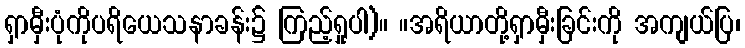
ရှာမှီးပုံကိုပရိယေသနာခန်း၌ ကြည့်ရှုပါ)။ ။အရိယာတို့ရှာမှီးခြင်းကို အကျယ်ပြ၊